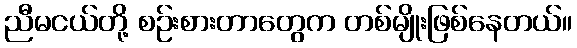
ညီမငယ်တို့ စဉ်းစားတာတွေက တစ်မျိုးဖြစ်နေတယ်။